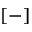
[ - ]